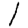
Digit: 1